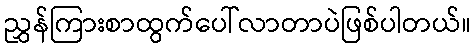
ညွှန်ကြားစာထွက်ပေါ်လာတာပဲဖြစ်ပါတယ်။